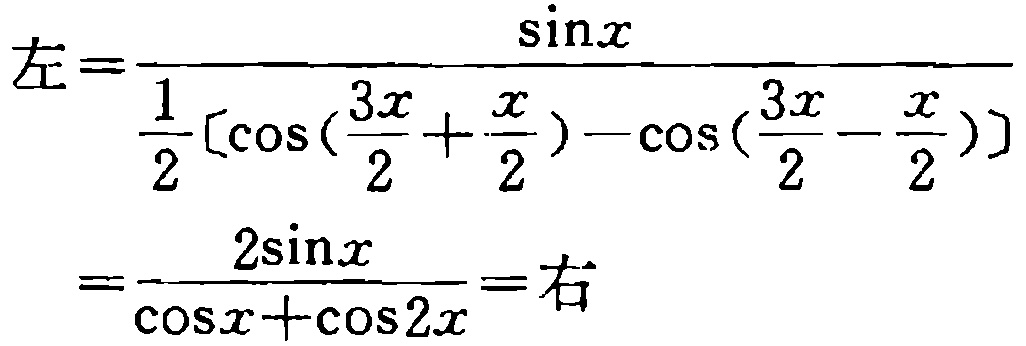
\[
左=\frac{\sin x}{\frac{1}{2}[\cos(\frac{3x}{2}+\frac{x}{2})-\cos(\frac{3x}{2}-\frac{x}{2})]}=\frac{2\sin x}{\cos x+\cos 2x}=右
\]